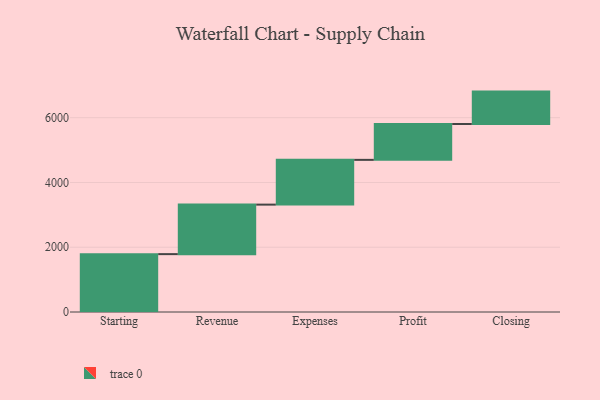
{"axis": {"x": "Step", "y": "Value"}, "legend": [""], "data": [{"x": "Starting", "y": 1787.0, "type": ""}, {"x": "Revenue", "y": 1529.0, "type": ""}, {"x": "Expenses", "y": 1382.0, "type": ""}, {"x": "Profit", "y": 1108.0, "type": ""}, {"x": "Closing", "y": 1000, "type": ""}]}